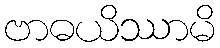
ဗာဓယိဿာမိ